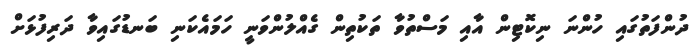
ދުންފަތުގައި ހުންނަ ނިކޮޓިން އާއި މަސްތުވާ ތަކުތިން ގެއްލުންވަނީ ހަމައެކަނި ބަނޑުގައިވާ ދަރިފުޅަށް